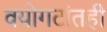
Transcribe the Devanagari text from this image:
वयोगटांतही